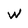
Character: W